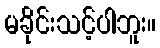
မခိုင်းသင့်ပါဘူး။